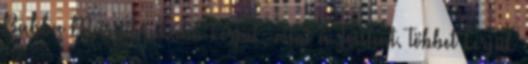
Babba Máriát inkább kérjük, mint a Jóistent. Többet kérjük